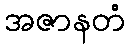
အဇာနတံ